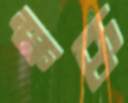
ক্ষব্ধ